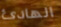
الهادئ